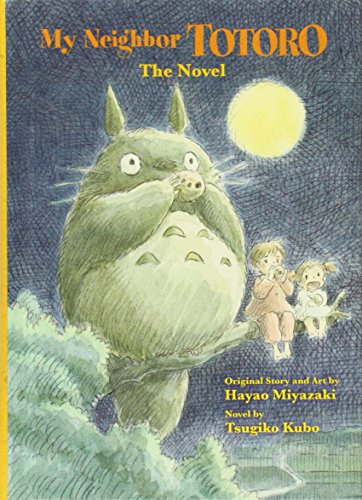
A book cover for My Neighbor Totoro: A Novel; Tsugiko Kubo; Children's Books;